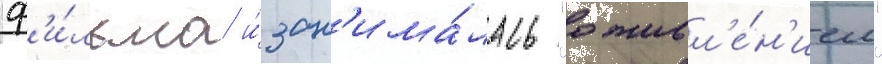
ф'и́льма и́ зан'има́лась "оживл'е́н'ием"